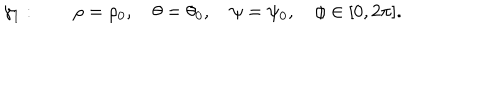
\gamma _ { 1 } : \quad \quad \rho = \rho _ { 0 } , \quad \theta = \theta _ { 0 } , \quad \psi = \psi _ { 0 } , \quad \phi \in [ 0 , 2 \pi ] .